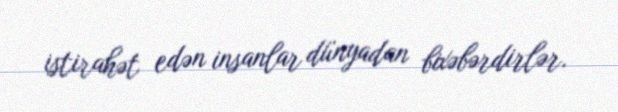
istirahət edən insanlar dünyadan bixəbərdirlər.